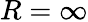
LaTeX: R=\infty